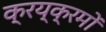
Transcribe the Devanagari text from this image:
क्रय्क्रमों